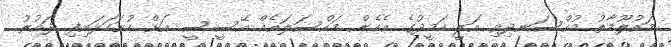
މައުލޫމާތު މުއްސަނދިވި އަލީ ހަމީދުގެ އެހެން މައްސަލައެއް އޭސީސީ އަށް ހުށަހަޅައިފި ދައުރު